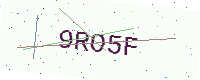
Text: 9RO5F